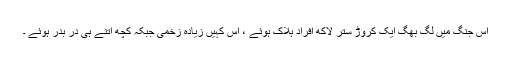
اس جنگ میں لگ بھگ ایک کروڑ ستر لاکھ افراد ہلاک ہوئے ، اس کہیں زیادہ زخمی جبکہ کچھ اتنے ہی در بدر ہوئے ۔